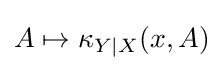
A\mapsto \kappa _{Y\mid X}(x,A)